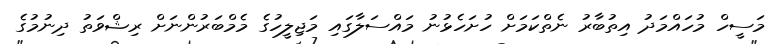
މަސީހް މުހައްމަދު އިތުބާރު ނެތްކަމަށް ހުށަހެޅުނު މައްސަލާގައި މަޖިލީހުގެ މެމްބަރުންނަށް ރިޝްވަތު ދިނުމުގެ